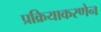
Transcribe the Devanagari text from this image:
प्रक्रियाकरणेन